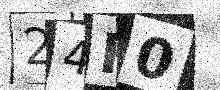
Text: 24H0